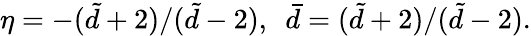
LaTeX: \eta=-(\tilde{d}+2)/(\tilde{d}-2),\ \ \bar{d}=(\tilde{d}+2)/(\tilde{d}-2).